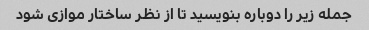
جمله زیر را دوباره بنویسید تا از نظر ساختار موازی شود